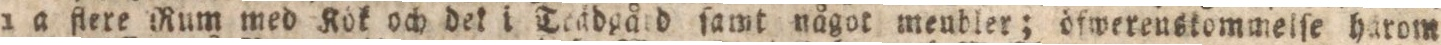
1 a flere Rum med Kök och dek i Teckdgård ſamt något menbler; öfwerenskommelſe härom